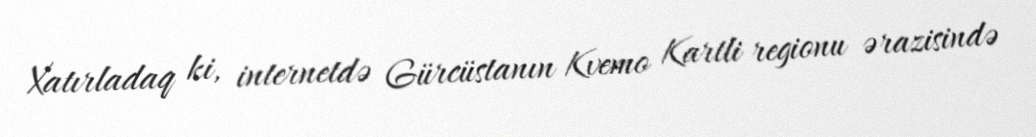
Xatırladaq ki, internetdə Gürcüstanın Kvemo Kartli regionu ərazisində